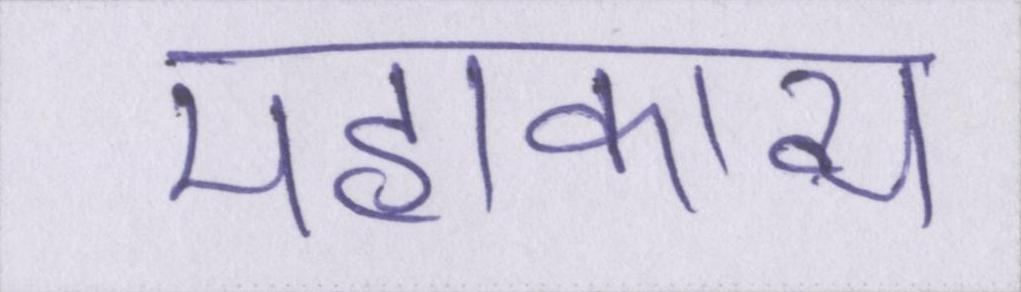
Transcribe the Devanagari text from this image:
महाकाव्य